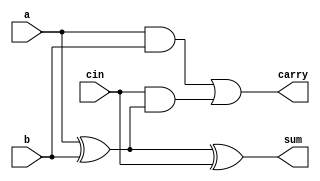
module FullAdder_1Bit(a,b,cin,sum,carry);
input a,b,cin;
output sum,carry;
assign sum = (a^b)^cin;
assign carry = (a&b)|(cin&(a^b));

endmodule